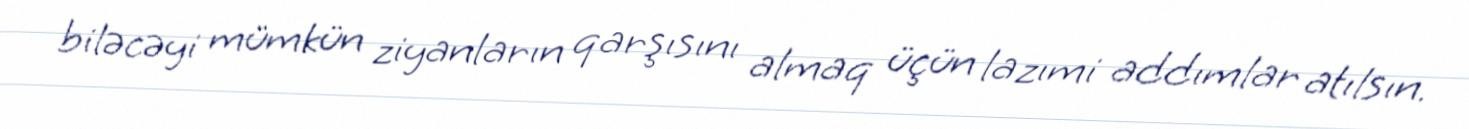
biləcəyi mümkün ziyanların qarşısını almaq üçün lazımi addımlar atılsın.